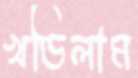
খণ্ডিলাম